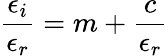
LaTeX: \frac{\epsilon_{i}}{\epsilon_{r}}=m+\frac{c}{\epsilon_{r}}